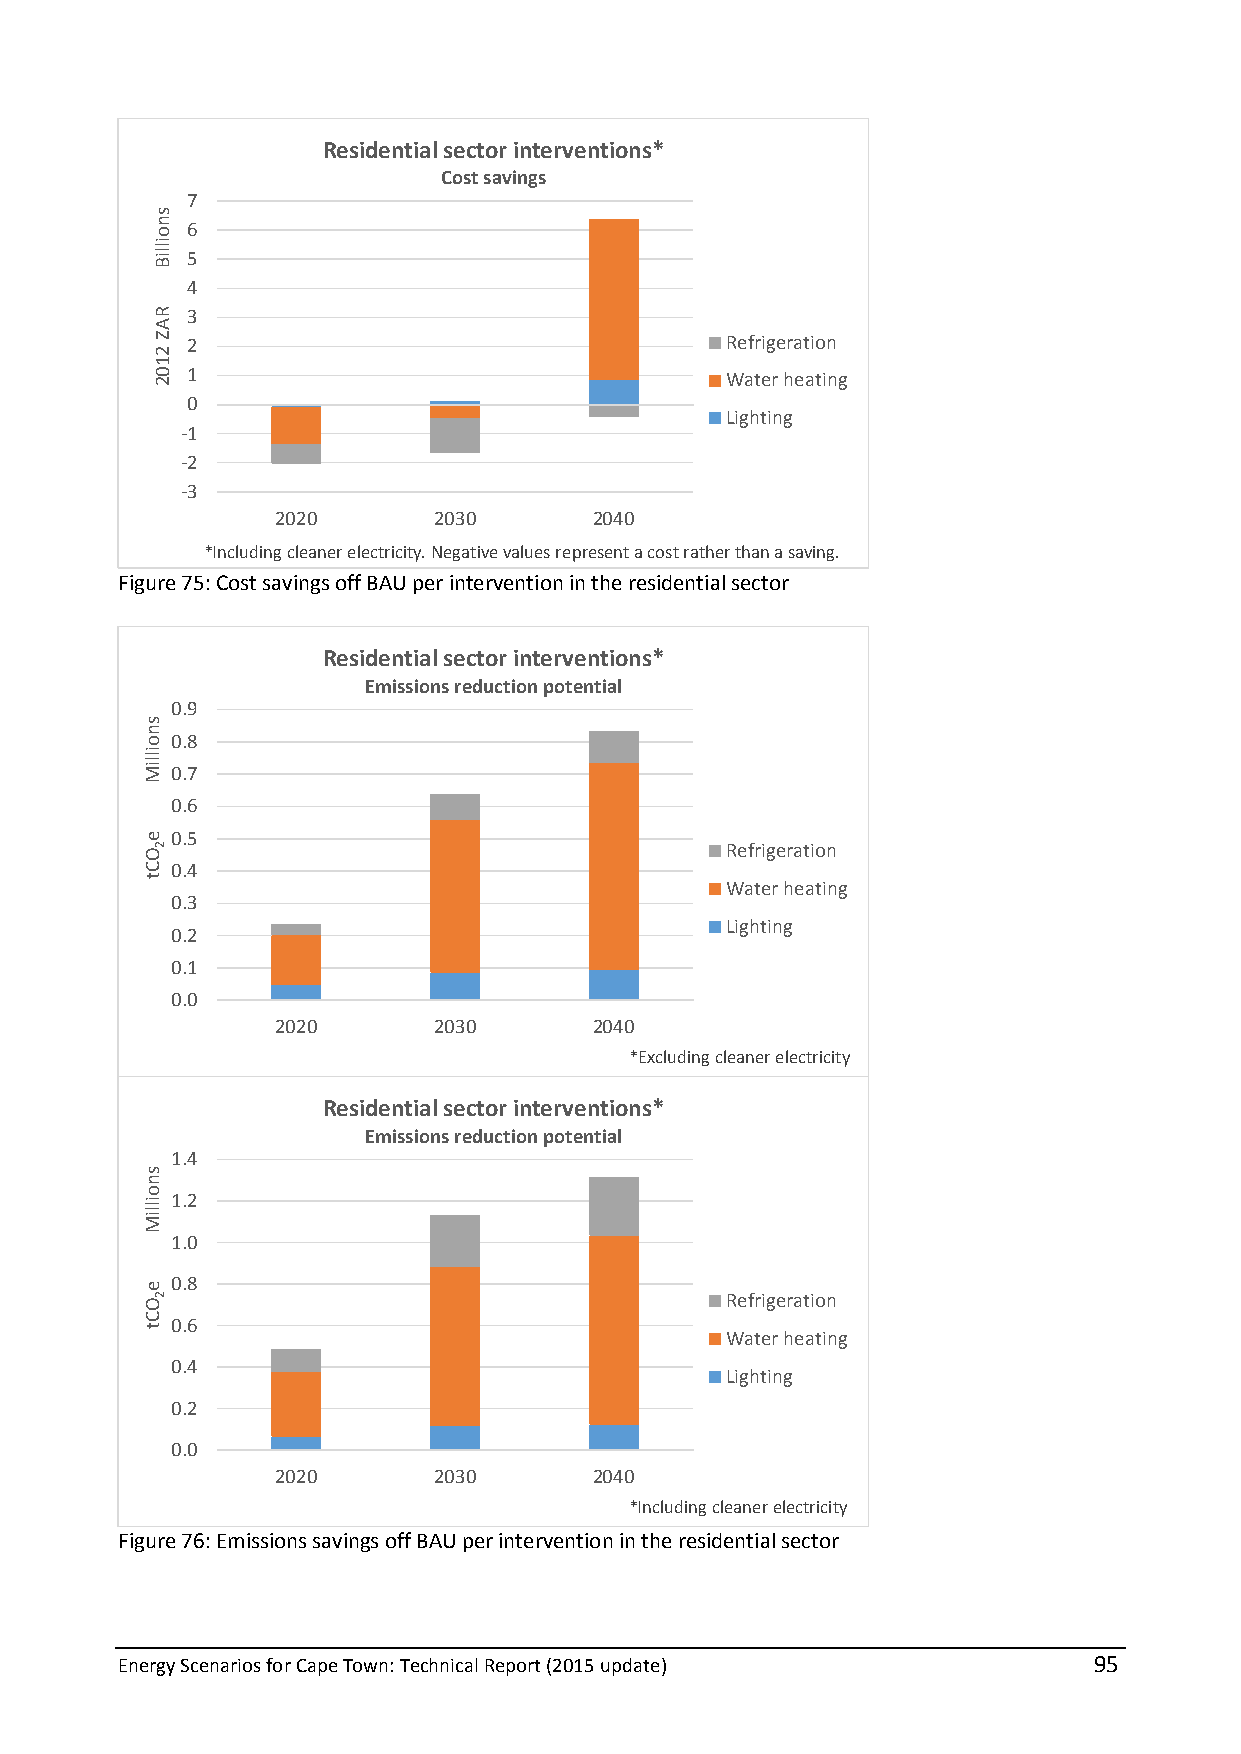
Residential sector interventions*
 Cost savings
 7
 6
 5
 4
 3
 2                                   Refrigeration
 1                                   Water heating
 0
 Lighting
 -1
 -2
 -3
 2020       2030      2040
 *Including cleaner electricity. Negative values represent a cost rather than a saving.
 Figure 75: Cost savings off BAU per intervention in the residential sector
 Residential sector interventions*
 Emissions reduction potential
 0.9
 0.8
 0.7
 0.6
 0.5
 Refrigeration
 0.4
 Water heating
 0.3
 Lighting
 0.2
 0.1
 0.0
 2020       2030      2040
 *Excluding cleaner electricity
 Residential sector interventions*
 Emissions reduction potential
 1.4
 1.2
 1.0
 0.8
 Refrigeration
 0.6
 Water heating
 0.4
 Lighting
 0.2
 0.0
 2020       2030      2040
 *Including cleaner electricity
 Figure 76: Emissions savings off BAU per intervention in the residential sector
 Energy Scenarios for Cape Town: Technical Report (2015 update)  95
 snoilliM
 e
 OCt
 snoilliM
 e
 OCt
 snoilliB
 RAZ
 2102
 2
 2